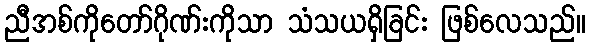
ညီအစ်ကိုတော်ဂိုဏ်းကိုသာ သံသယရှိခြင်း ဖြစ်လေသည်။